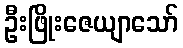
ဦးဖြိုးဇေယျာသော်